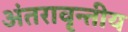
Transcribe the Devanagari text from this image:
अंतरावृन्तीय